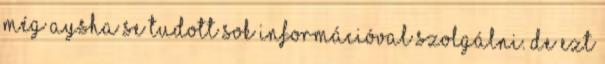
még Aysha se tudott sok információval szolgálni. De ezt